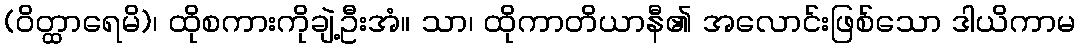
(ဝိတ္ထာရေမိ)၊ ထိုစကားကိုချဲ့ဦးအံ။ သာ၊ ထိုကာတိယာနီ၏ အလောင်းဖြစ်သော ဒါယိကာမ